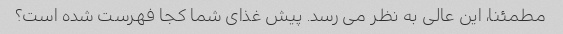
مطمئنا، این عالی به نظر می رسد. پیش غذای شما کجا فهرست شده است؟